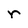
Character: r